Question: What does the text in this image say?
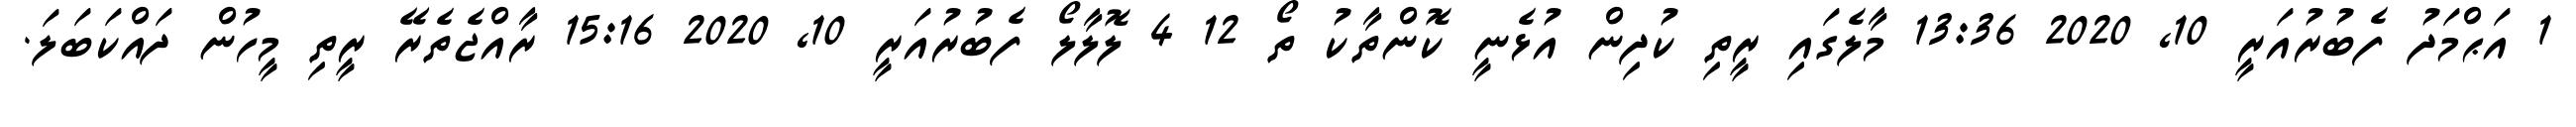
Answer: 1 އަޙްމަދު ފެބުރުއަރީ 10, 2020 13:36 މާލެގައި ރީތި ކުދިން އުޅެނީ ކޮންތާކު ތޯ 12 4 ލޮލާލޯ ފެބުރުއަރީ 10, 2020 15:16 ރާއްޖެތެރޭ ރީތި މީހުން ދައްކަބަލަ.